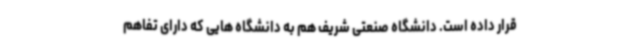
قرار داده است. دانشگاه صنعتی شریف هم به دانشگاه هایی که دارای تفاهم